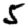
Digit: 5